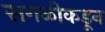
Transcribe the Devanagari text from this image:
सगळीकडून